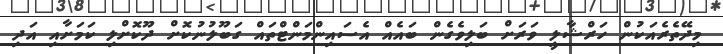
މިދޭތެރެއަކުން ހަރްޝާލީ ވަރަށް ބަލިވެގެން ބައެއް އެސައިންމަންޓްތައް ގަބޫލުނުކޮށް ދޫކޮށްލި ކަމަށާއި އަދި